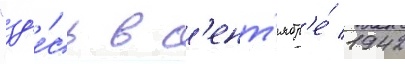
"зд'е́сь в с'ент'ябр'е́ 1942